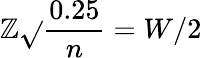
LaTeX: \mathbb{Z}{\sqrt{}{{\frac{{0.25}}{{n}}}}}=W/2